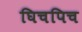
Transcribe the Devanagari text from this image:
घिचपिच